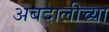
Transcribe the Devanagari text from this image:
अबदालीच्या